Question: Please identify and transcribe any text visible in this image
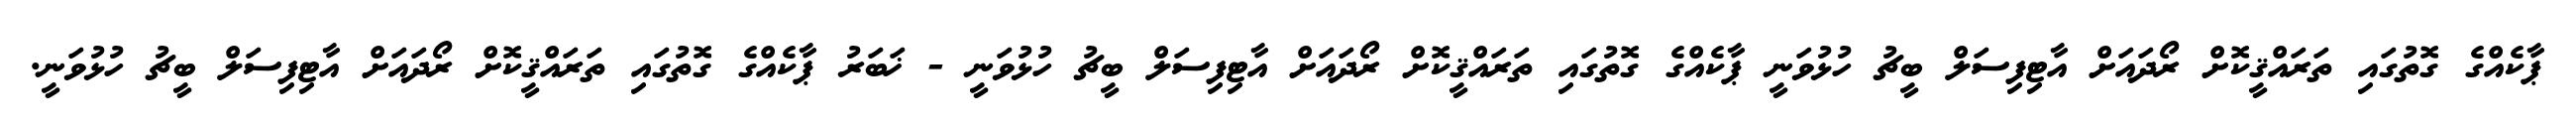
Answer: ޕާކެއްގެ ގޮތުގައި ތަރައްޤީކޮށް ރޯދައަށް އާޓިފިސަލް ބީޗު ހުޅުވަނީ ޕާކެއްގެ ގޮތުގައި ތަރައްޤީކޮށް ރޯދައަށް އާޓިފިސަލް ބީޗު ހުޅުވަނީ - ޚަބަރު ޕާކެއްގެ ގޮތުގައި ތަރައްޤީކޮށް ރޯދައަށް އާޓިފިސަލް ބީޗު ހުޅުވަނީ.